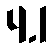
4.1